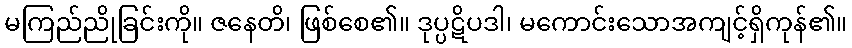
မကြည်ညိုခြင်းကို။ ဇနေတိ၊ ဖြစ်စေ၏။ ဒုပ္ပဋိပဒါ၊ မကောင်းသောအကျင့်ရှိကုန်၏။